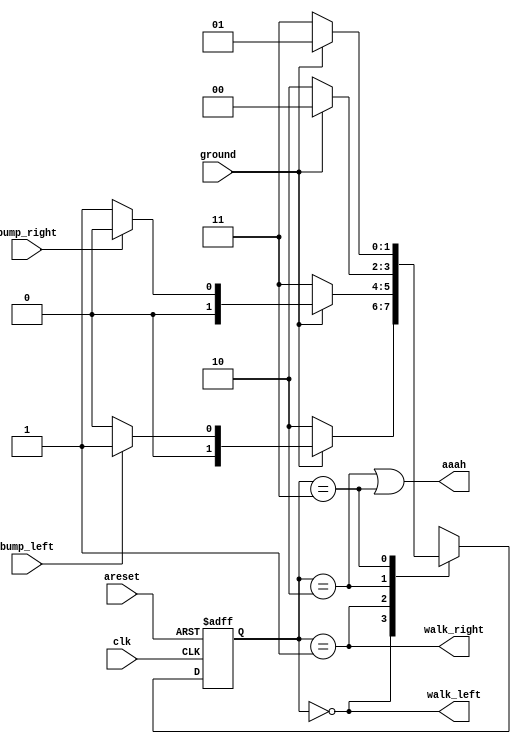
module top_module(
    input clk,
    input areset,    // Freshly brainwashed Lemmings walk left.
    input bump_left,
    input bump_right,
    input ground,
    output walk_left,
    output walk_right,
    output aaah ); 

    reg [1:0] state, next_state;
    parameter LEFT=0, RIGHT=1, FALL_LEFT=2, FALL_RIGHT=3;
    
    always@(posedge clk, posedge areset)
        begin
            if(areset) state <= LEFT;
            else state <= next_state;
        end
    
    always@(*)
        begin
            case(state)
                LEFT: next_state = ground ? (bump_left ? RIGHT : LEFT) : FALL_LEFT;
                RIGHT: next_state = ground ? (bump_right ? LEFT : RIGHT) : FALL_RIGHT;
                FALL_LEFT: next_state = ground ? LEFT : FALL_LEFT;
                FALL_RIGHT: next_state = ground ? RIGHT : FALL_RIGHT;
            endcase
        end
    
    assign walk_left = (state == LEFT);
    assign walk_right = (state == RIGHT);
    assign aaah = ((state == FALL_LEFT) | (state == FALL_RIGHT));
    
endmodule